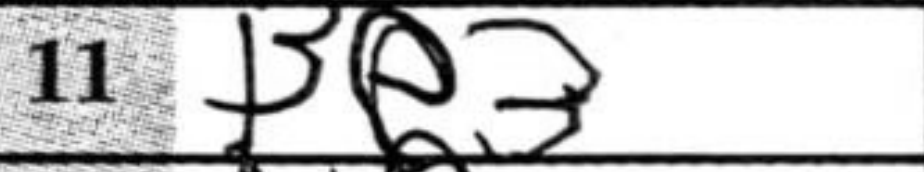
Transcription: Be3